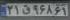
۲۱ق۹۶۸۶۱